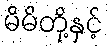
မိမိတို့နှင့်